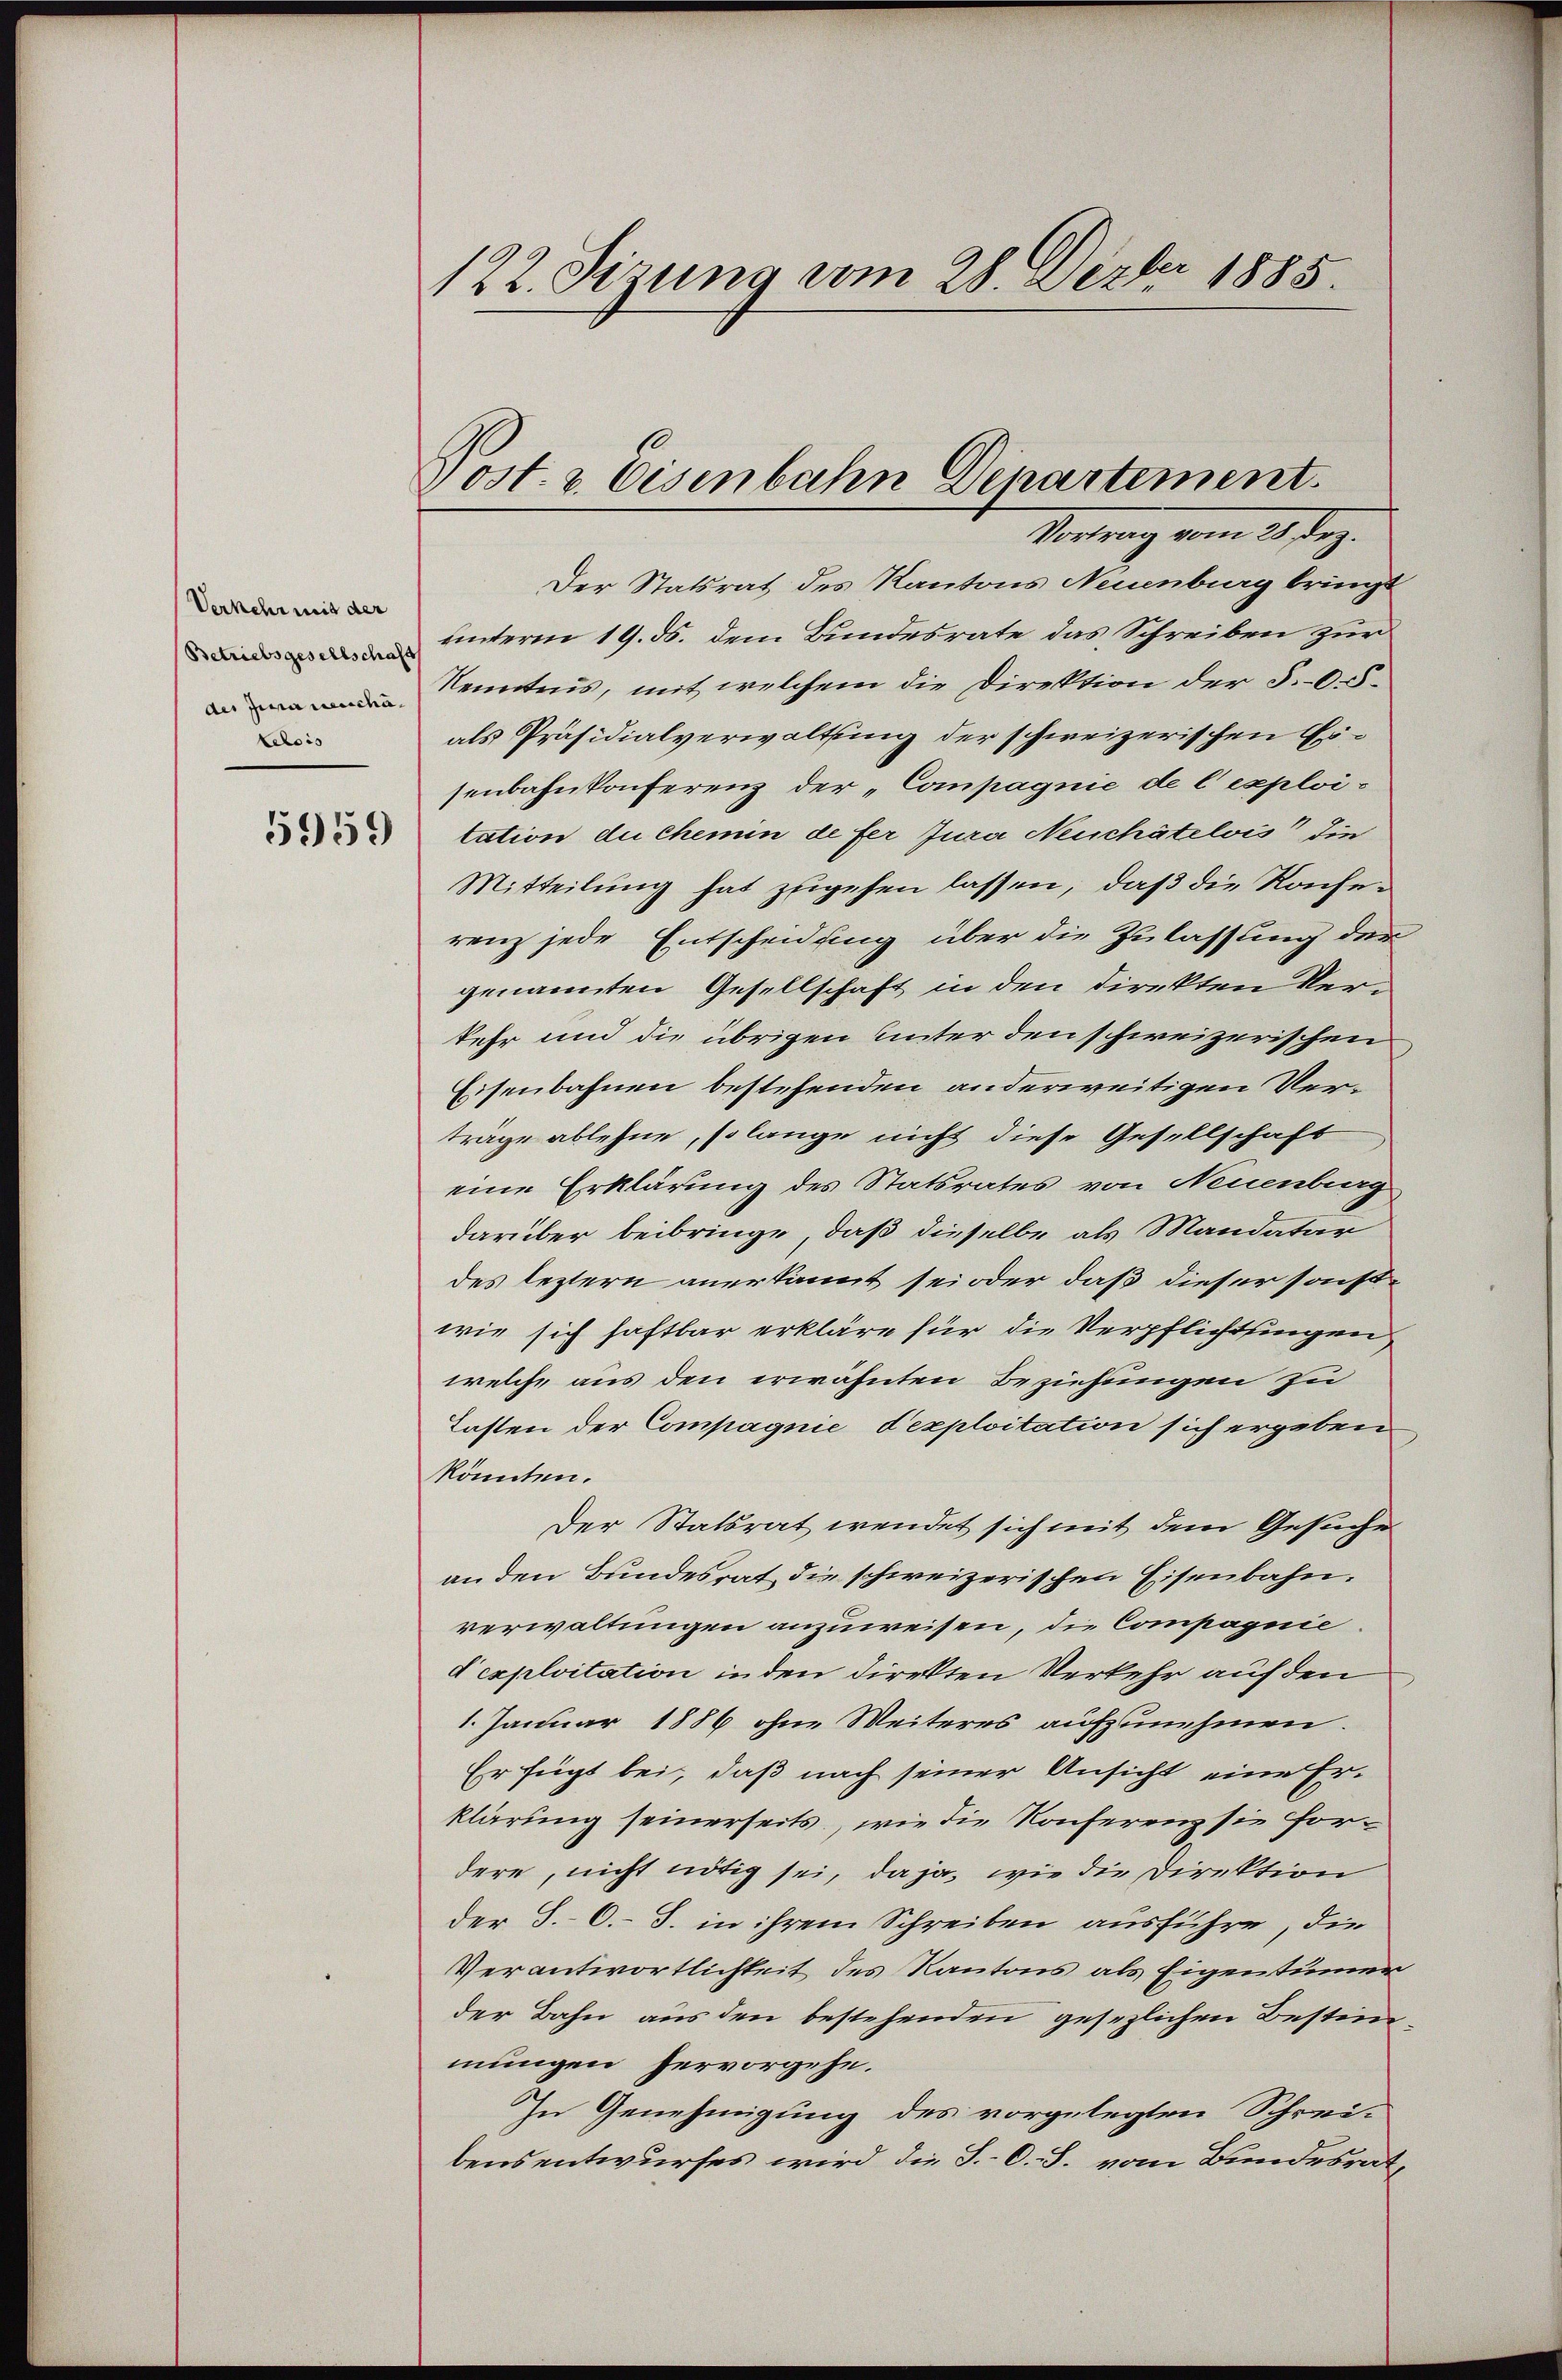
Verkehr mit der
Betriebsgesellschaft
des Zwanenschätelois

5959

122. Sizung vom 28. Dezbr 1885.

Post. v. Eisenbahn Dinartement.
Vortrag vom 24. Dez.

Der Statsrat des Kantons Neuenburg bringt
unterm 19. ds. dem Bundesrate das Schreiben zur
Kenntnis, mit welchem die Direktion der §.0.5.
als Präsidialverwaltung der schweizerischen Ersenbahnkonferenz der „Compagnie de l’exploitation du chemin de fer Jura Neuchâtelois die
Mitteilung hat zugehen lassen, daß die Konferenz jede Entscheidung über die Zulassung der
genannten Gesellschaft in den direkten Verkehr und die übrigen Unter den schweizerischen
Eisenbahnen bestehenden anderweitigen Vertrage ablehne, so lange nicht diese Gesellschaft
eine Erklärung des Statsrates von Neuenburg
darüber beibringe, daß dieselbe als Mandatar
des leztern anerkannt sei oder daß dieser sonstwie sich haftbar erkläre für die Verpflichtungen
welche aus den erwähnten Beziehungen zu
Tasten der Compagnie, d’exploitation sich ergeben
könnten.
Der Statsrat wendet sich mit dem Gesuche
an den Bundesrat die schweizerischen Eisenbahn.
verwaltungen anzuweisen, die Compagnie
d exploitation in den direkten Verkehr auf den
1. Januar 1886 ohne Weiteres aufzunehmen.
Er fügt bei, daß nach seiner Ansicht eine Erklärung seinerseits, wie die Konferenz sie fordere, nicht nötig sei, da ja, wie die Direktion
der S. O. S. in ihrem Schreiben ausführe, die
Verantwortlichkeit des Kantons als Eigentümer
der Bahn aus den bestehenden gesezlichen Bestimmungen hervorgehe.
In Genehmigung des vorgelegten Schrei-
bensentwurfes wird die S.-O. S. vom Bundesrat